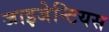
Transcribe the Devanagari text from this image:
जाइजेन्टियस